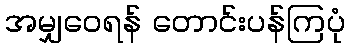
အမျှဝေရန် တောင်းပန်ကြပုံ